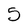
Character: 5